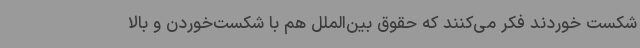
شکست خوردند فکر می‌کنند که حقوق بین‌الملل هم با شکست‌خوردن و بالا